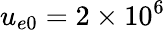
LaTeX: u_{e0}=2\times 10^{6}